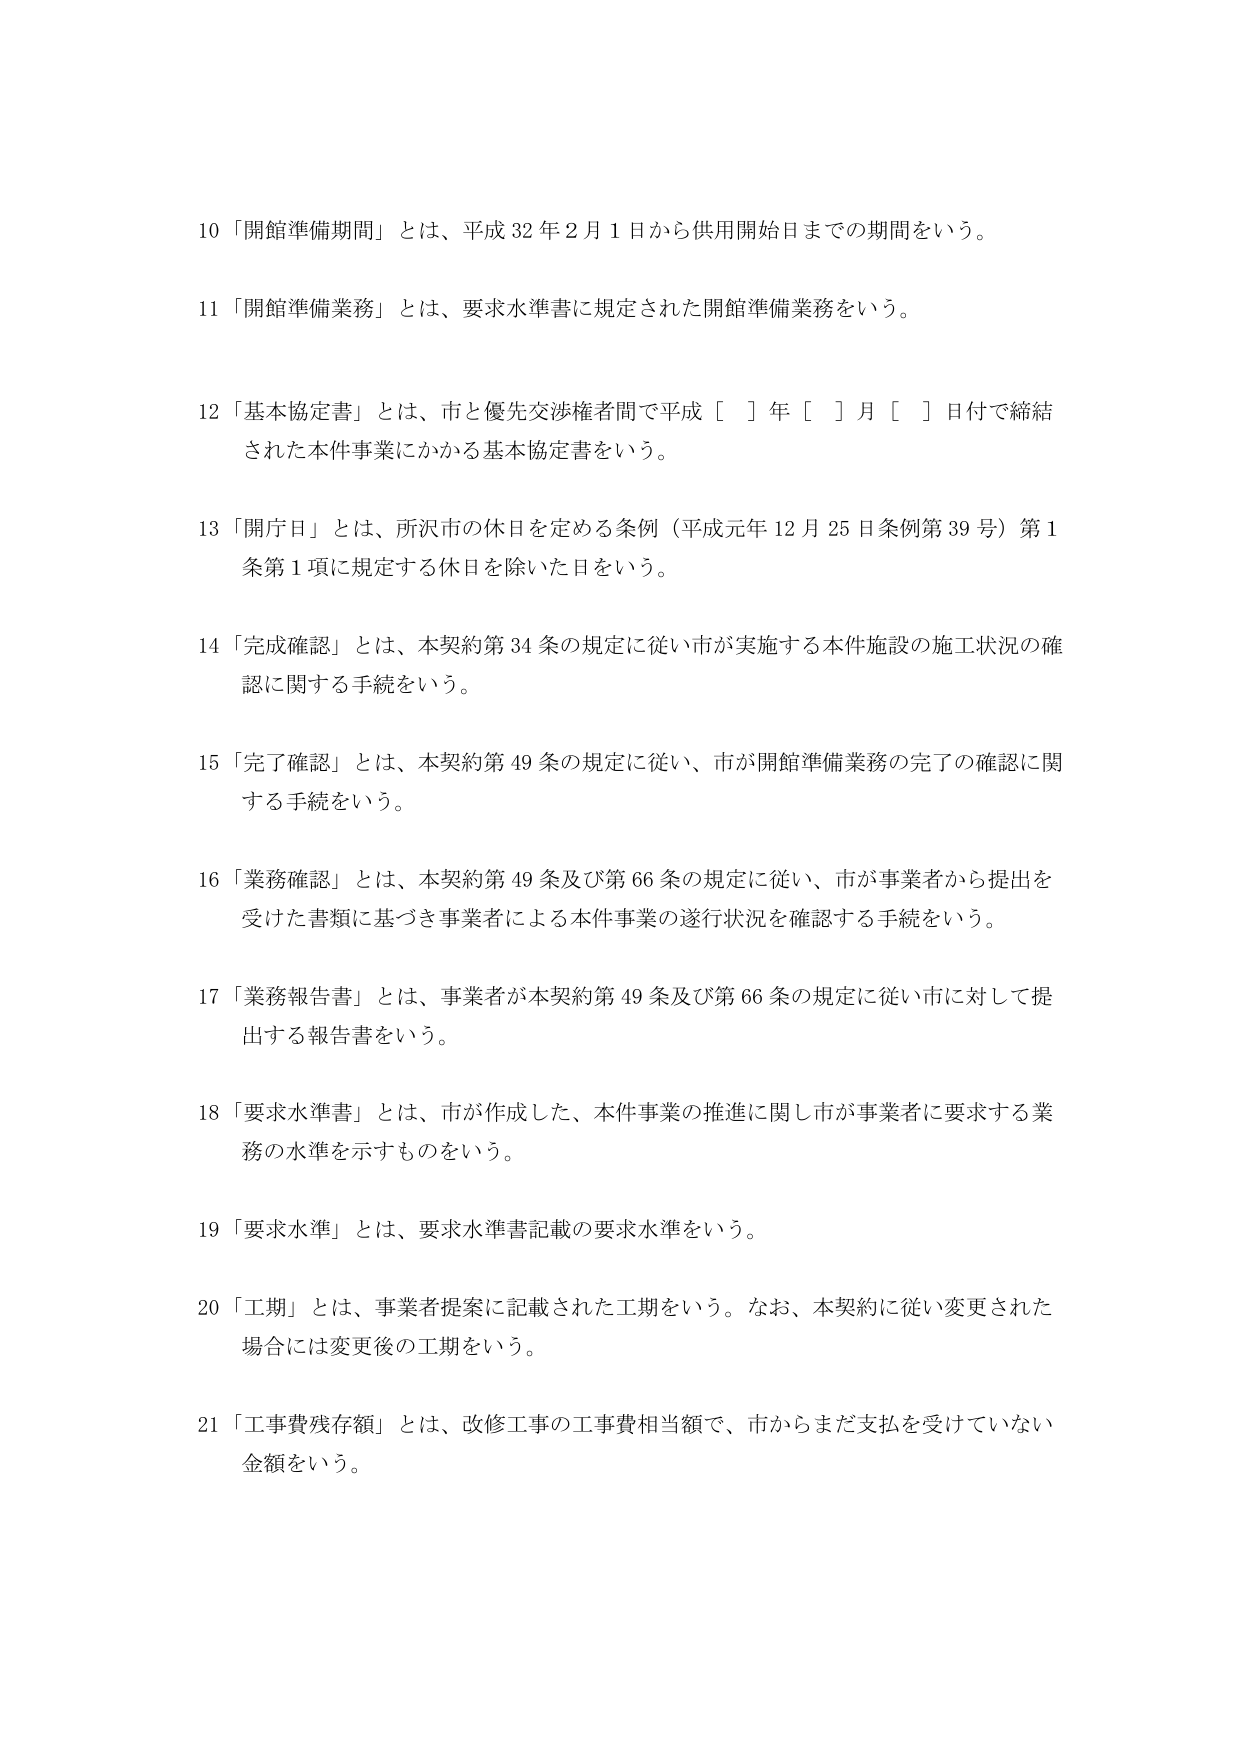
10 「開館準備期間」とは、平成32年2月1日から供用開始日までの期間をいう。

11 「開館準備業務」とは、要求水準書に規定された開館準備業務をいう。

12 「基本協定書」とは、市と優先交渉権者間で平成［ ］年［ ］月［ ］日付で締結された本件事業にかかる基本協定書をいう。

13 「開庁日」とは、所沢市の休日を定める条例（平成元年12月25日条例第39号）第1条第1項に規定する休日を除いた日をいう。

14 「完成確認」とは、本契約第34条の規定に従い市が実施する本件施設の施工状況の確認に関する手続をいう。

15 「完了確認」とは、本契約第49条の規定に従い、市が開館準備業務の完了の確認に関する手続をいう。

16 「業務確認」とは、本契約第49条及び第66条の規定に従い、市が事業者から提出を受けた書類に基づき事業者による本件事業の遂行状況を確認する手続をいう。

17 「業務報告書」とは、事業者が本契約第49条及び第66条の規定に従い市に対して提出する報告書をいう。

18 「要求水準書」とは、市が作成した、本件事業の推進に関し市が事業者に要求する業務の水準を示すものをいう。

19 「要求水準」とは、要求水準書記載の要求水準をいう。

20 「工期」とは、事業者提案に記載された工期をいう。なお、本契約に従い変更された場合には変更後の工期をいう。

21 「工事費残存額」とは、改修工事の工事費相当額で、市からまだ支払を受けていない金額をいう。